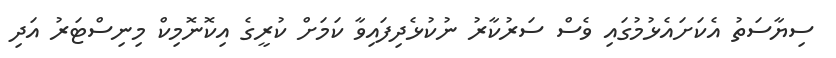
ސިޔާސަތު އެކަށައެޅުމުގަައި ވެސް ސަރުކާރު ނުކުޅެދިފައިވާ ކަމަށް ކުރީގެ އިކޮނޮމިކް މިނިސްޓަރު އަދި